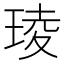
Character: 𤦫